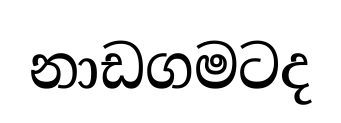
නාඩගමටද